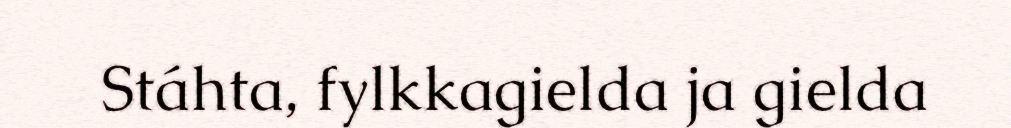
Stáhta, fylkkagielda ja gielda